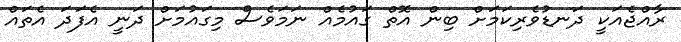
ރާއްޖެއަކީ ދަނޑުވެރިކަމަށް ބިން އޮތް ގައުމެއް ނަމަވެސް މިގައުމަށް ދަނީ އެފަދަ އެތައް